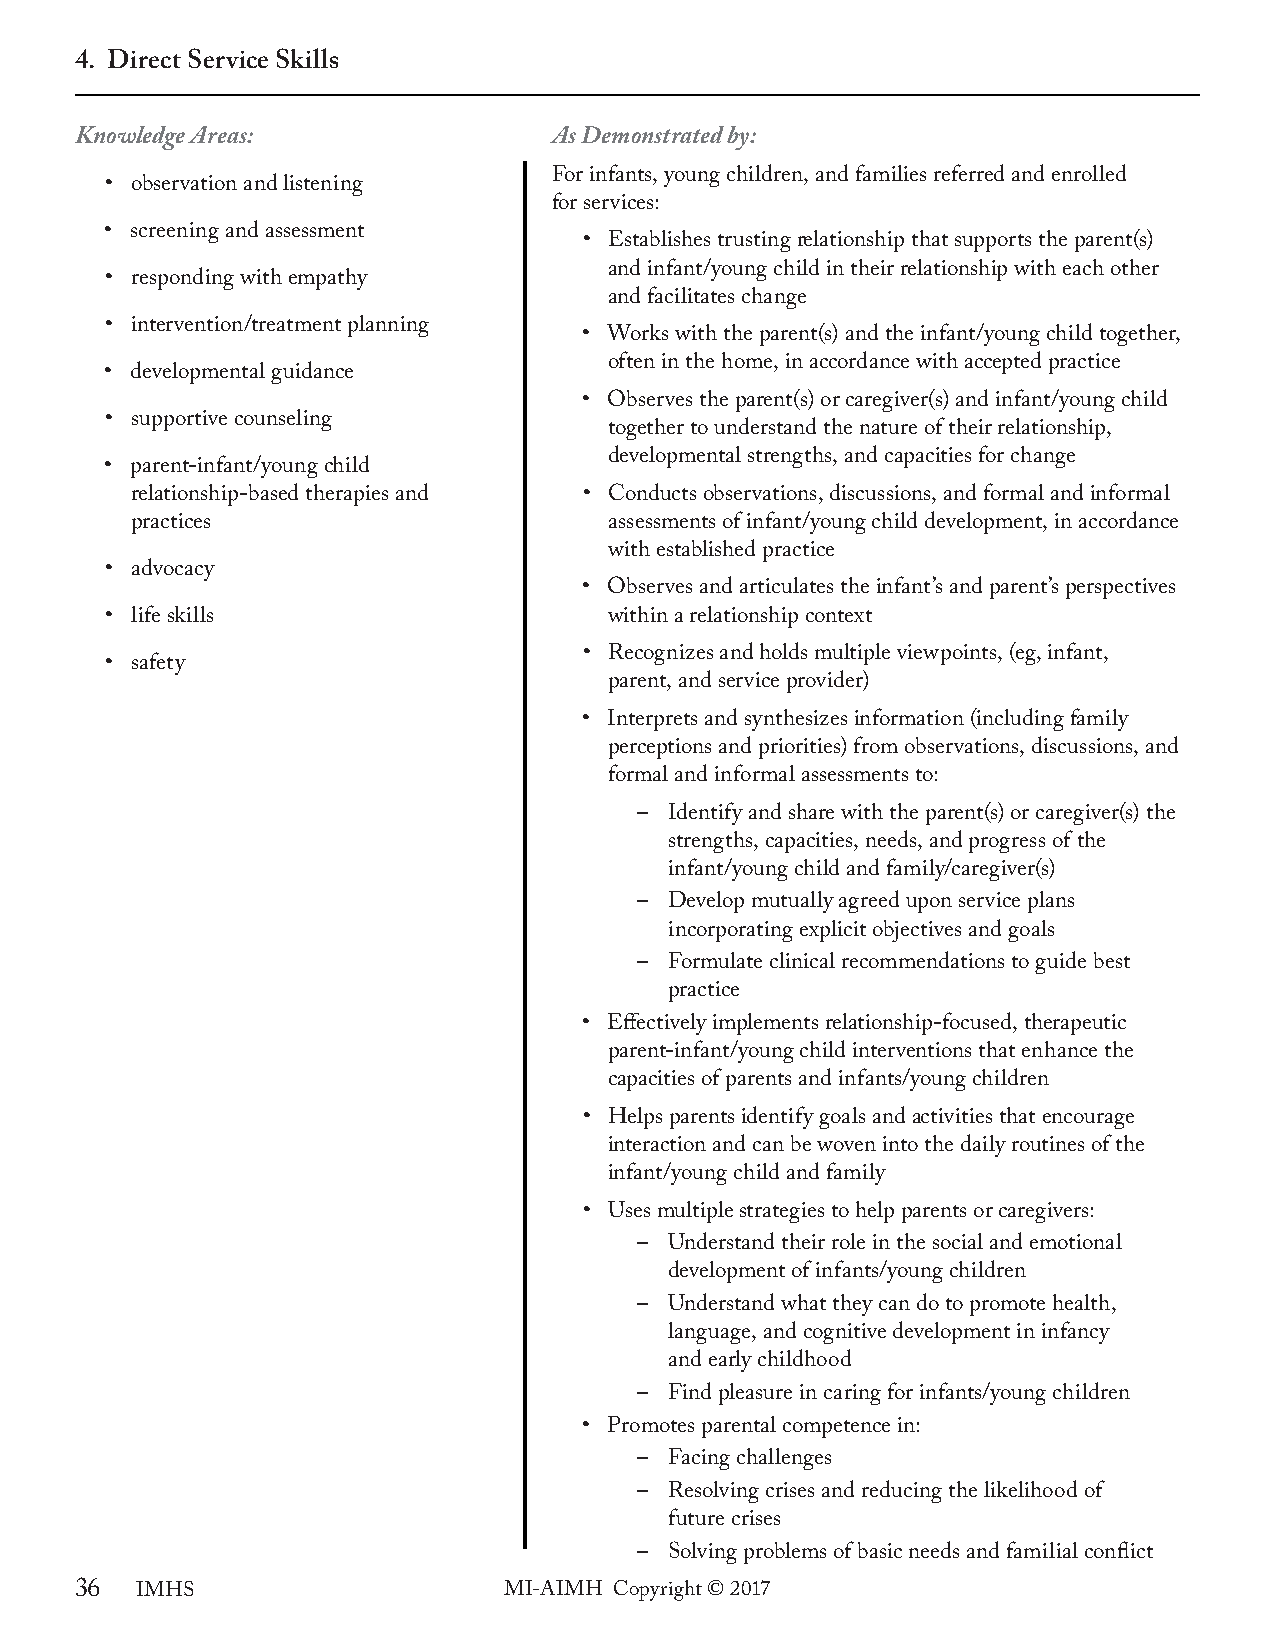
4. Direct Service Skills
 Knowledge Areas:                As Demonstrated by:
 For infants, young children, and families referred and enrolled
 • observation and listening
 for services:
 • screening and assessment
 • Establishes trusting relationship that supports the parent(s)
 and infant/young child in their relationship with each other
 • responding with empathy
 and facilitates change
 • intervention/treatment planning
 • Works with the parent(s) and the infant/young child together,
 often in the home, in accordance with accepted practice
 • developmental guidance
 • Observes the parent(s) or caregiver(s) and infant/young child
 • supportive counseling
 together to understand the nature of their relationship,
 developmental strengths, and capacities for change
 • parent-infant/young child
 relationship-based therapies and • Conducts observations, discussions, and formal and informal
 practices                      assessments of infant/young child development, in accordance
 with established practice
 • advocacy
 • Observes and articulates the infant’s and parent’s perspectives
 • life skills                    within a relationship context
 • Recognizes and holds multiple viewpoints, (eg, infant,
 • safety
 parent, and service provider)
 • Interprets and synthesizes information (including family
 perceptions and priorities) from observations, discussions, and
 formal and informal assessments to:
 – Identify and share with the parent(s) or caregiver(s) the
 strengths, capacities, needs, and progress of the
 infant/young child and family/caregiver(s)
 – Develop mutually agreed upon service plans
 incorporating explicit objectives and goals
 – Formulate clinical recommendations to guide best
 practice
 • Effectively implements relationship-focused, therapeutic
 parent-infant/young child interventions that enhance the
 capacities of parents and infants/young children
 • Helps parents identify goals and activities that encourage
 interaction and can be woven into the daily routines of the
 infant/young child and family
 • Uses multiple strategies to help parents or caregivers:
 – Understand their role in the social and emotional
 development of infants/young children
 – Understand what they can do to promote health,
 language, and cognitive development in infancy
 and early childhood
 – Find pleasure in caring for infants/young children
 • Promotes parental competence in:
 – Facing challenges
 – Resolving crises and reducing the likelihood of
 future crises
 – Solving problems of basic needs and familial conflict
 36  IMHS                    MI-AIMH Copyright © 2017